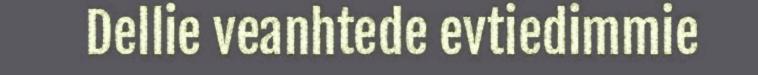
Dellie veanhtede evtiedimmie